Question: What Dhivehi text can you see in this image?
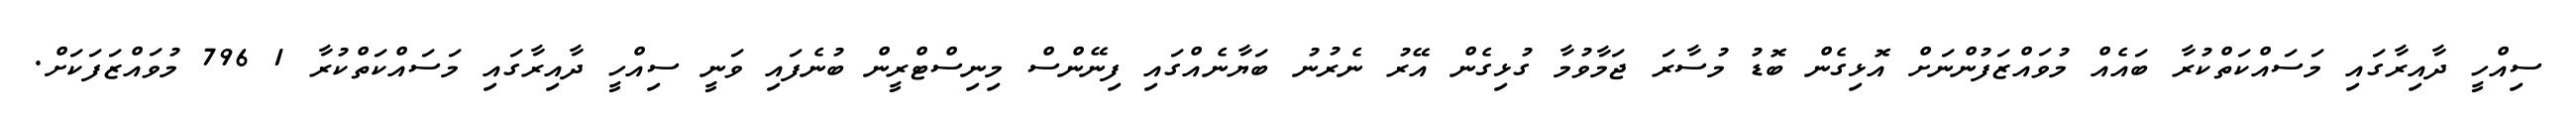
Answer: ސިއްހީ ދާއިރާގައި މަސައްކަތްކުރާ ބައެއް މުވައްޒަފުންނަށް އޮޅިގެން ބޮޑު މުސާރަ ޖަމާވުމާ ގުޅިގެން އޭރު ނެރުނު ބަޔާނެއްގައި ފިނޭންސް މިނިސްޓްރީން ބުނެފައި ވަނީ ސިއްހީ ދާއިރާގައި މަސައްކަތްކުރާ 1 796 މުވައްޒަފަކަށް.